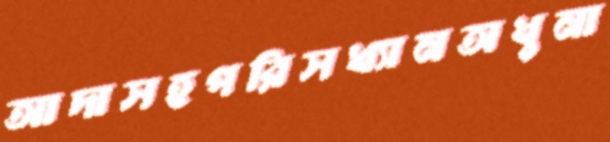
আদাসহপরিসখ্যানঅধুনা